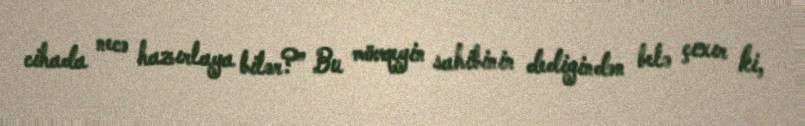
cihada necə hazırlaya bilər?” Bu mövqeyin sahibinin dediyindən belə çıxır ki,